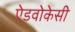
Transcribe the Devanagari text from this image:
ऐडवोकेसी